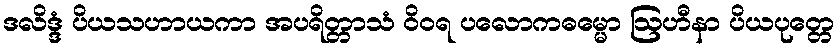
ဒလိဒ္ဒံ ပိယသဟာယကာ အပရိတ္တာသံ ဝိဝရ ပလောကဓမ္မော ဩဟီနာ ပိယပုတ္တေ